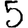
Digit: 5